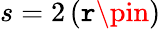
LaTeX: s=2\left(\mathtt{r}\pin\right)